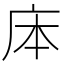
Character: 㡷